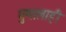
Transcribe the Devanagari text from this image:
गुणालाही